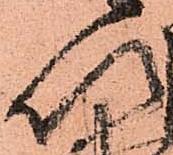
以